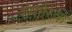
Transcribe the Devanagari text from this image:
स्मारिक